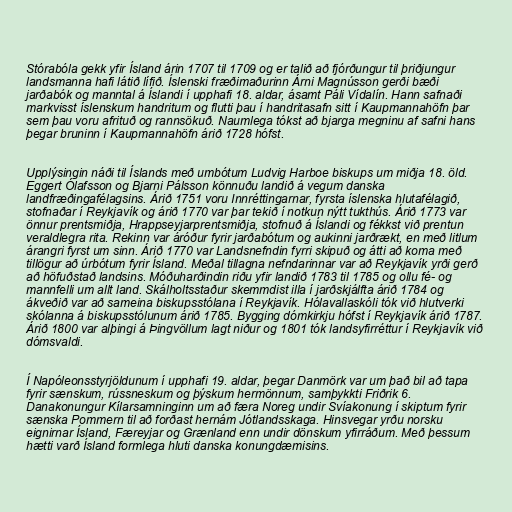
Stórabóla gekk yfir Ísland árin 1707 til 1709 og er talið að fjórðungur til þriðjungur
landsmanna hafi látið lífið. Íslenski fræðimaðurinn Árni Magnússon gerði bæði
jarðabók og manntal á Íslandi í upphafi 18. aldar, ásamt Páli Vídalín. Hann safnaði
markvisst íslenskum handritum og flutti þau í handritasafn sitt í Kaupmannahöfn þar
sem þau voru afrituð og rannsökuð. Naumlega tókst að bjarga megninu af safni hans
þegar bruninn í Kaupmannahöfn árið 1728 hófst.

Upplýsingin náði til Íslands með umbótum Ludvig Harboe biskups um miðja 18. öld.
Eggert Ólafsson og Bjarni Pálsson könnuðu landið á vegum danska
landfræðingafélagsins. Árið 1751 voru Innréttingarnar, fyrsta íslenska hlutafélagið,
stofnaðar í Reykjavík og árið 1770 var þar tekið í notkun nýtt tukthús. Árið 1773 var
önnur prentsmiðja, Hrappseyjarprentsmiðja, stofnuð á Íslandi og fékkst við prentun
veraldlegra rita. Rekinn var áróður fyrir jarðabótum og aukinni jarðrækt, en með litlum
árangri fyrst um sinn. Árið 1770 var Landsnefndin fyrri skipuð og átti að koma með
tillögur að úrbótum fyrir Ísland. Meðal tillagna nefndarinnar var að Reykjavík yrði gerð
að höfuðstað landsins. Móðuharðindin riðu yfir landið 1783 til 1785 og ollu fé- og
mannfelli um allt land. Skálholtsstaður skemmdist illa í jarðskjálfta árið 1784 og
ákveðið var að sameina biskupsstólana í Reykjavík. Hólavallaskóli tók við hlutverki
skólanna á biskupsstólunum árið 1785. Bygging dómkirkju hófst í Reykjavík árið 1787.
Árið 1800 var alþingi á Þingvöllum lagt niður og 1801 tók landsyfirréttur í Reykjavík við
dómsvaldi.

Í Napóleonsstyrjöldunum í upphafi 19. aldar, þegar Danmörk var um það bil að tapa
fyrir sænskum, rússneskum og þýskum hermönnum, samþykkti Friðrik 6.
Danakonungur Kílarsamninginn um að færa Noreg undir Svíakonung í skiptum fyrir
sænska Pommern til að forðast hernám Jótlandsskaga. Hinsvegar yrðu norsku
eignirnar Ísland, Færeyjar og Grænland enn undir dönskum yfirráðum. Með þessum
hætti varð Ísland formlega hluti danska konungdæmisins.